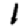
Digit: 1